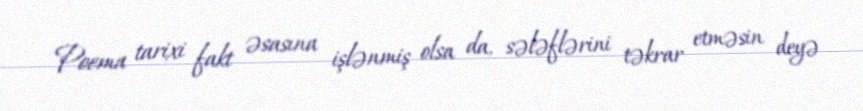
Poema tarixi fakt əsasına işlənmiş olsa da, sələflərini təkrar etməsin deyə